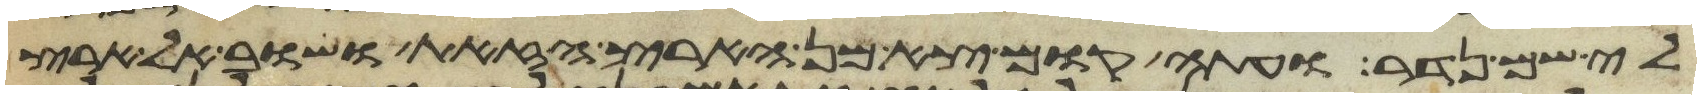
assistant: לי שם נדר ועתה קום צא מן הארץ הזאת ושוב אל ארץ